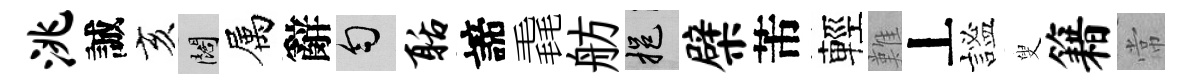
洮誠亥闊属辭匀聒諦毳舫挹檗芾輕難丄謐叟籍常